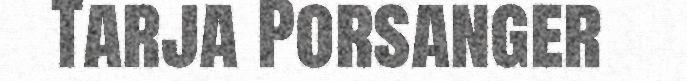
Tarja Porsanger